Report of the Indian Hemp Drugs Commission, 1894-1895 - Volume III
Year: 1894
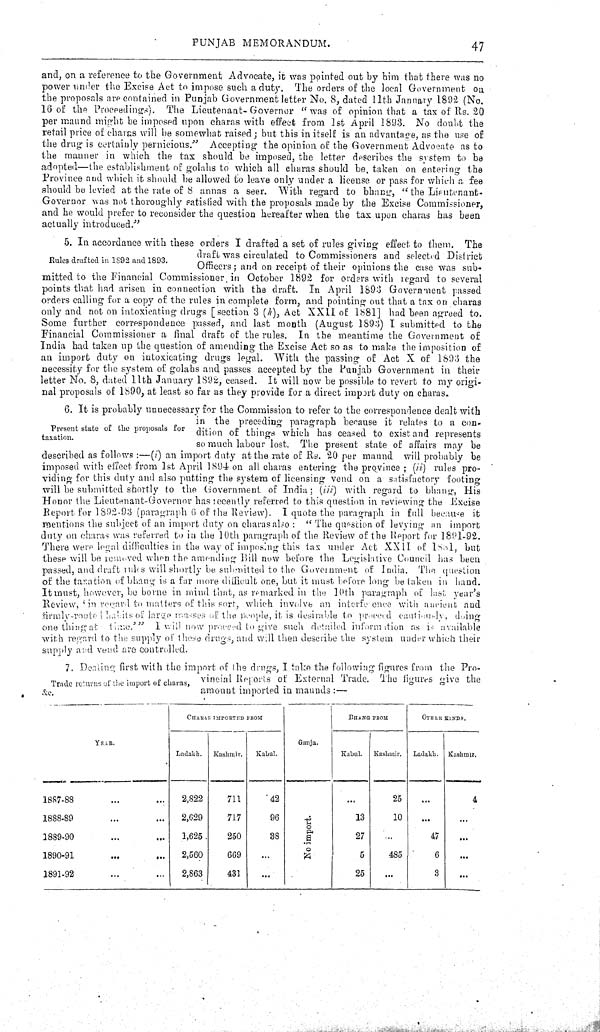
PUNJAB MEMORANDUM.
47
and, on a reference to the Government Advocate, it was pointed out by him that there was no
power under the Excise Act to impose such a duty. The orders of the local Government on
the proposals are contained in Punjab Government letter No. 8, dated 11th January 1892 (No.
16 of the Proceedings). The Lieutenant-Governor "was of opinion that a tax of Rs. 20
per maund might be imposed upon charas with effect from 1st April 1893. No doubt the
retail price of charas will be somewhat raised; but this in itself is an advantage, as the use of
the drug is certainly pernicious." Accepting the opinion of the Government Advocate as to
the manner in which the tax should be imposed, the letter describes the system to be
adopted—the establishment of golahs to which all charas should be taken on entering the
Province and which it should be allowed to leave only under a license or pass for which a fee
should be levied at the rate of 8 annas a seer. With regard to bhang, "the Lieutenant-
Governor was not thoroughly satisfied with the proposals made by the Excise Commissioner,
and he would prefer to reconsider the question hereafter when the tax upon charas has been
actually introduced."
Rules drafted in 1892 and 1893.
5. In accordance with these orders I drafted a set of rules giving effect to them. The
draft was circulated to Commissioners and selected District
Officers; and on receipt of their opinions the case was sub-
mitted to the Financial Commissioner in October 1892 for orders with regard to several
points that had arisen in connection with the draft. In April 1893 Government passed
orders calling for a copy of the rules in complete form, and pointing out that a tax on charas
only and not on intoxicating drugs [section 3 (h), Act XXII of 1881] had been agreed to.
Some further correspondence passed, and last month (August 1893) I submitted to the
Financial Commissioner a final draft of the rules. In the meantime the Government of
India had taken up the question of amending the Excise Act so as to make the imposition of
an import duty on intoxicating drugs legal. With the passing of Act X of 1893 the
necessity for the system of golahs and passes accepted by the Punjab Government in their
letter No. 8, dated 11th January 1892, ceased. It will now be possible to revert to my origi-
nal proposals of 1890, at least so far as they provide for a direct import duty on charas.
Present state of the proposals for
taxation.
6. It is probably unnecessary for the Commission to refer to the correspondence dealt with
in the preceding paragraph because it relates to a con-
dition of things which has ceased to exist and represents
so much labour lost. The present state of affairs may be
described as follows:—(i) an import duty at the rate of Rs. 20 per maund will probably be
imposed with effect from 1st April 1894 on all charas entering the province; (ii) rules pro-
viding for this duty and also putting the system of licensing vend on a satisfactory footing
will be submitted shortly to the Government of India; (iii) with regard to bhang, His
Honor the Lieutenant-Governor has recently referred to this question in reviewing the Excise
Report for 1892-93 (paragraph 6 of the Review). I quote the paragraph in full because it
mentions the subject of an import duty on charas also: "The question of levying an import
duty on charas was referred to in the 10th paragraph of the Review of the Report for 1891-92.
There were legal difficulties in the way of imposing this tax under Act XXII of 1881, but
these will be removed when the amending Bill now before the Legislative Council has been
passed, and draft rules will shortly be submitted to the Government of India. The question
of the taxation of bhang is a far more difficult one, but it must before long be taken in hand.
It must, however, be borne in mind that, as remarked in the 10th paragraph of last year's
Review, 'in regard to matters of this sort, which involve an interference with ancient and
firmly-rooted habits of large masses of the people, it is desirable to proceed cautiously, doing
one thing at
time'"
I will now proceed to give such detailed information as is available
with regard to the supply of these drugs, and will then describe the system under which their
supply and vend are controlled.
Trade returns of the import of charas,
&c.
7. Dealing first with the import of the drugs, I take the following figures from the Pro-
vincial Reports of External Trade. The figures give the
amount imported in maunds:—
YEAR.
CHARAS IMPORTED FROM
Ganja.
BHANG FROM
OTHER KINDS.
YEAR.
Ladakh.
Kashmir.
Kabul.
Ganja.
Kabul.
Kashmir.
Ladakh. Kashmir.
1887-88
2,822
711
42
No import.
25
4
1888-89
2,629
717
96
No import.
13
10
1889-90
1,625
250
38
No import.
27
47
1890-91
2,560
669
No import.
5
485
6
1891-92
2,863
431
No import.
25
3